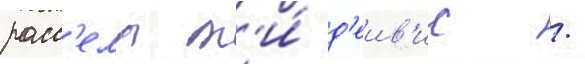
расс'елл т'и́ д'еив'ис /